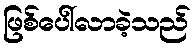
ဖြစ်ပေါ်လာခဲ့သည်